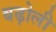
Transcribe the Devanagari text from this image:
बढ़ोली